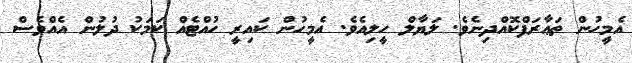
އެމީހުން ތަޢާރަފްކޮއްދިނެވެ. ލަޔާލް ހީލިއެވެ. އެމީހުން ކައިރީ ހުއްޓެއް ކަމަކު ދުލުން އެއްވެސް